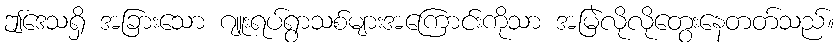
ဤဒေသရှိ အခြားသော ဂျူးရပ်ရွာသစ်များအကြောင်းကိုသာ အမြဲလိုလိုတွေးနေတတ်သည်။